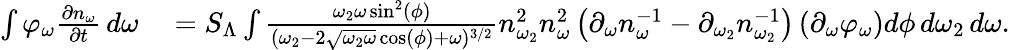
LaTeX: \begin{array}{rl}{\int\varphi_{\omega}\frac{\partial n_{\omega}}{\partial t}\, d\omega}&{{}=S_{\Lambda}\int\frac{\omega_{2}\omega\sin^{2}(\phi)}{(\omega_{2}-2\sqrt{\omega_{2}\omega}\cos(\phi)+\omega)^{3/2}}n_{\omega_{2}}^{2}n_{\omega}^{2}\left(\partial_{\omega}n_{\omega}^{-1}-\partial_{\omega_{2}}n_{\omega_{2}}^{-1}\right)\left(\partial_{\omega}\varphi_{\omega}\right)d\phi\, d\omega_{2}\, d\omega.}\end{array}